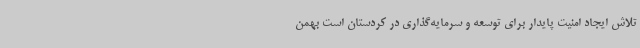
تلاش ایجاد امنیت پایدار برای توسعه و سرمایه‌گذاری در کردستان است بهمن